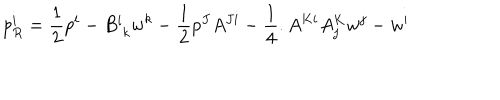
p _ { R } ^ { i } = \frac { 1 } { 2 } p ^ { i } - B _ { \; k } ^ { i } w ^ { k } - \frac { 1 } { 2 } p ^ { J } A ^ { J i } - \frac { 1 } { 4 } . A ^ { K i } A _ { j } ^ { K } w ^ { j } - w ^ { i }